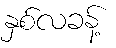
နှစ်လခန့်